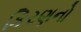
કિરણનો